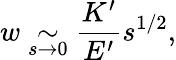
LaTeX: w\underset{s\rightarrow 0}{\sim}\frac{K^{\prime}}{E^{\prime}}s^{1/2},